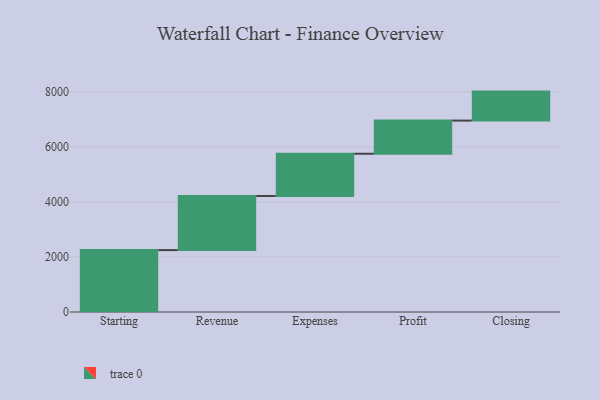
{"axis": {"x": "Step", "y": "Value"}, "legend": [""], "data": [{"x": "Starting", "y": 2250.0, "type": ""}, {"x": "Revenue", "y": 1968.0, "type": ""}, {"x": "Expenses", "y": 1535.0, "type": ""}, {"x": "Profit", "y": 1205.0, "type": ""}, {"x": "Closing", "y": 1054.0, "type": ""}]}